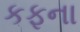
કફના